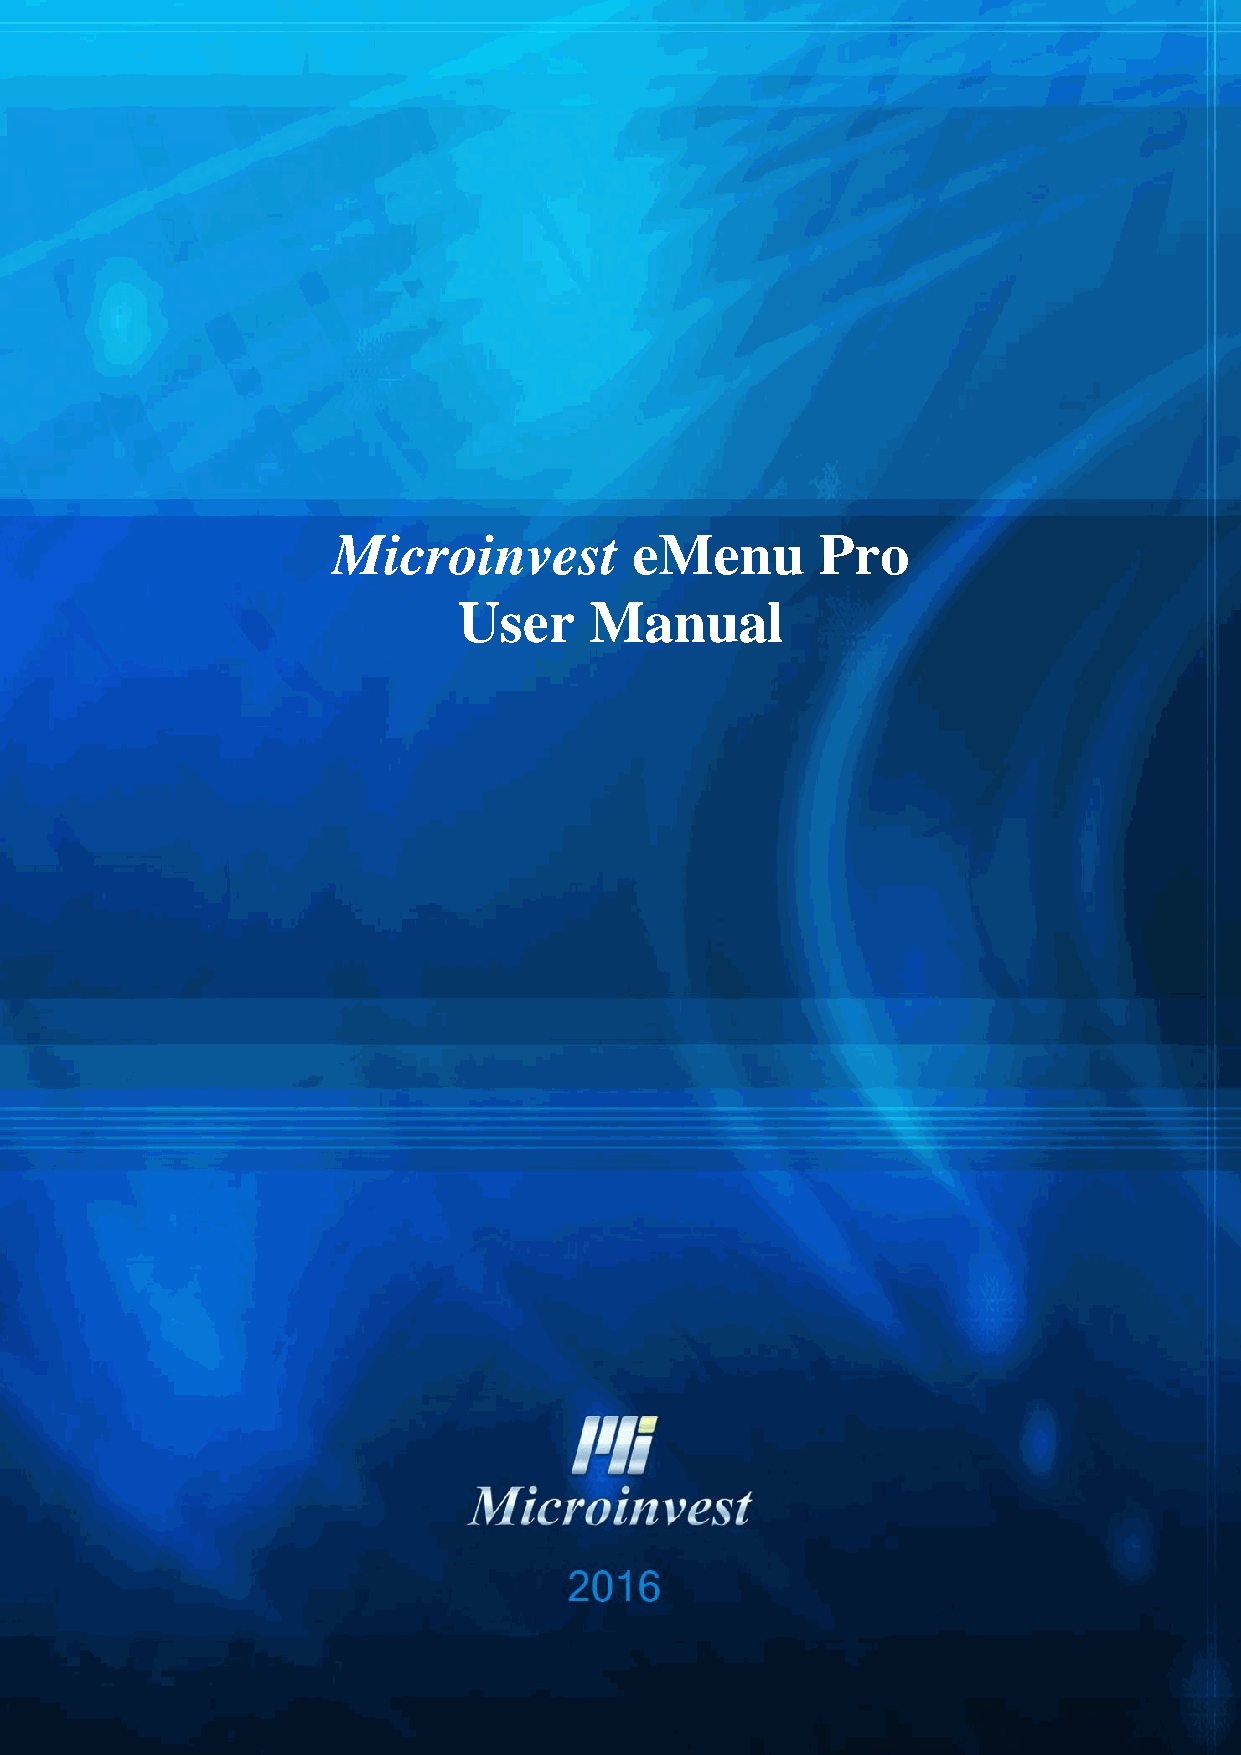
Address: 215 Tzar Boris III blvd., 1618 Sofia, Bulgaria
 tel./fax: +359 2 9555515, National Tel: +359 700 44 700
 software company since 19 84        e-mail: office@microinvest.net, http://en.microinvest.net
 Microinvest         eMenu       Pro
 User     Manual
 1
 www.en.microinvest.net